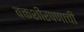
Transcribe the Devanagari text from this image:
वक्तशीरपणाची